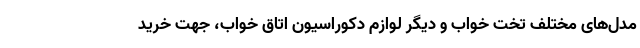
مدل‌های مختلف تخت خواب و دیگر لوازم دکوراسیون اتاق خواب، جهت خرید